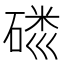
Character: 𱴢